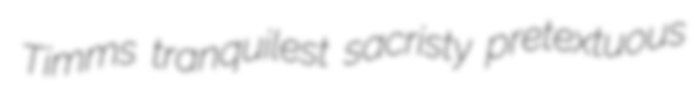
Timms tranquilest sacristy pretextuous